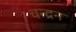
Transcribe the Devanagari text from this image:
चन्‍द्रन